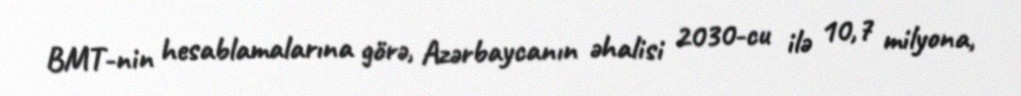
BMT-nin hesablamalarına görə, Azərbaycanın əhalisi 2030-cu ilə 10,7 milyona,